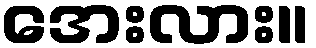
အေးလား။